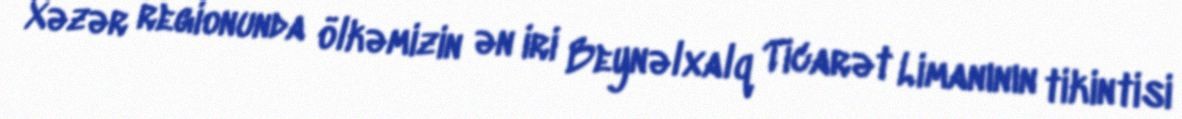
Xəzər regionunda ölkəmizin ən iri Beynəlxalq Ticarət Limanının tikintisi